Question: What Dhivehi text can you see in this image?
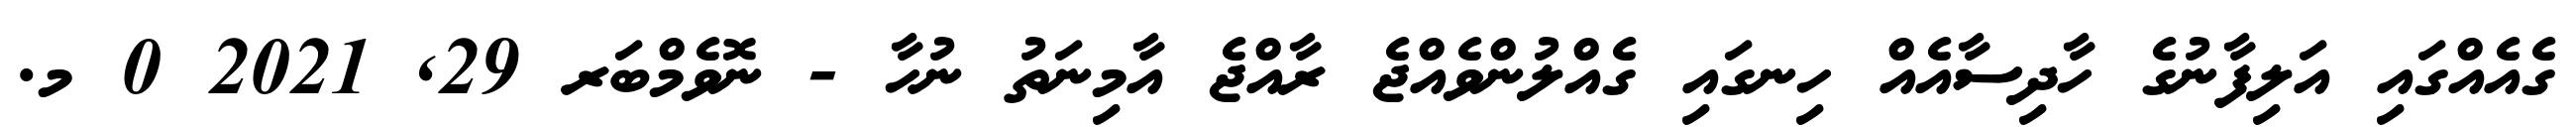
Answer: ގެއެއްގައި އަލިފާނުގެ ހާދިސާއެއް ހިނގައި ގެއްލުންވެއްޖެ ރާއްޖެ އާމިނަތު ނުހާ - ނޮވެމްބަރ 29, 2021 0 މ.